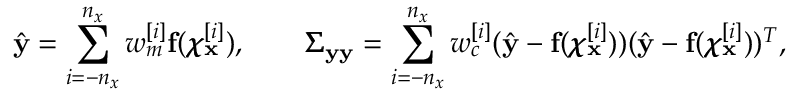
\hat { \mathbf { y } } = \sum _ { i = - n _ { x } } ^ { n _ { x } } w _ { m } ^ { [ i ] } \mathbf { f } ( \pmb { \chi } _ { \mathbf { x } } ^ { [ i ] } ) , \quad \quad \pmb { \Sigma } _ { \mathbf { y } \mathbf { y } } = \sum _ { i = - n _ { x } } ^ { n _ { x } } w _ { c } ^ { [ i ] } ( \hat { \mathbf { y } } - \mathbf { f } ( \pmb { \chi } _ { \mathbf { x } } ^ { [ i ] } ) ) ( \hat { \mathbf { y } } - \mathbf { f } ( \pmb { \chi } _ { \mathbf { x } } ^ { [ i ] } ) ) ^ { T } ,